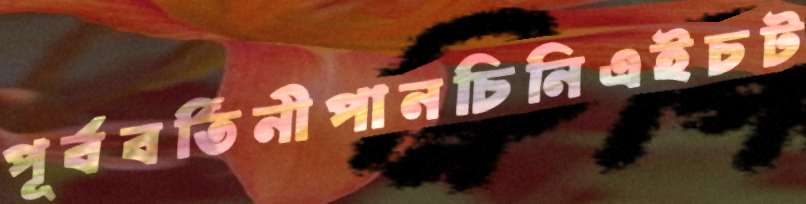
পূর্ববর্তিনীপানচিনিএইচট